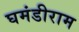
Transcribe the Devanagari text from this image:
घमंडीराम